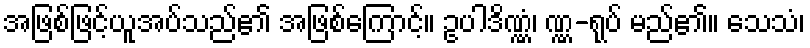
အဖြစ်ဖြင့်ယူအပ်သည်၏ အဖြစ်ကြောင့်။ ဥပါဒိဏ္ဏံ၊ ဏ္ဏ-ရုပ် မည်၏။ သေသံ၊